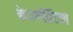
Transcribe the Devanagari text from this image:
केअर्गविंटव्ग